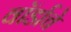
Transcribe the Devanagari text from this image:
वॉर्डाचे